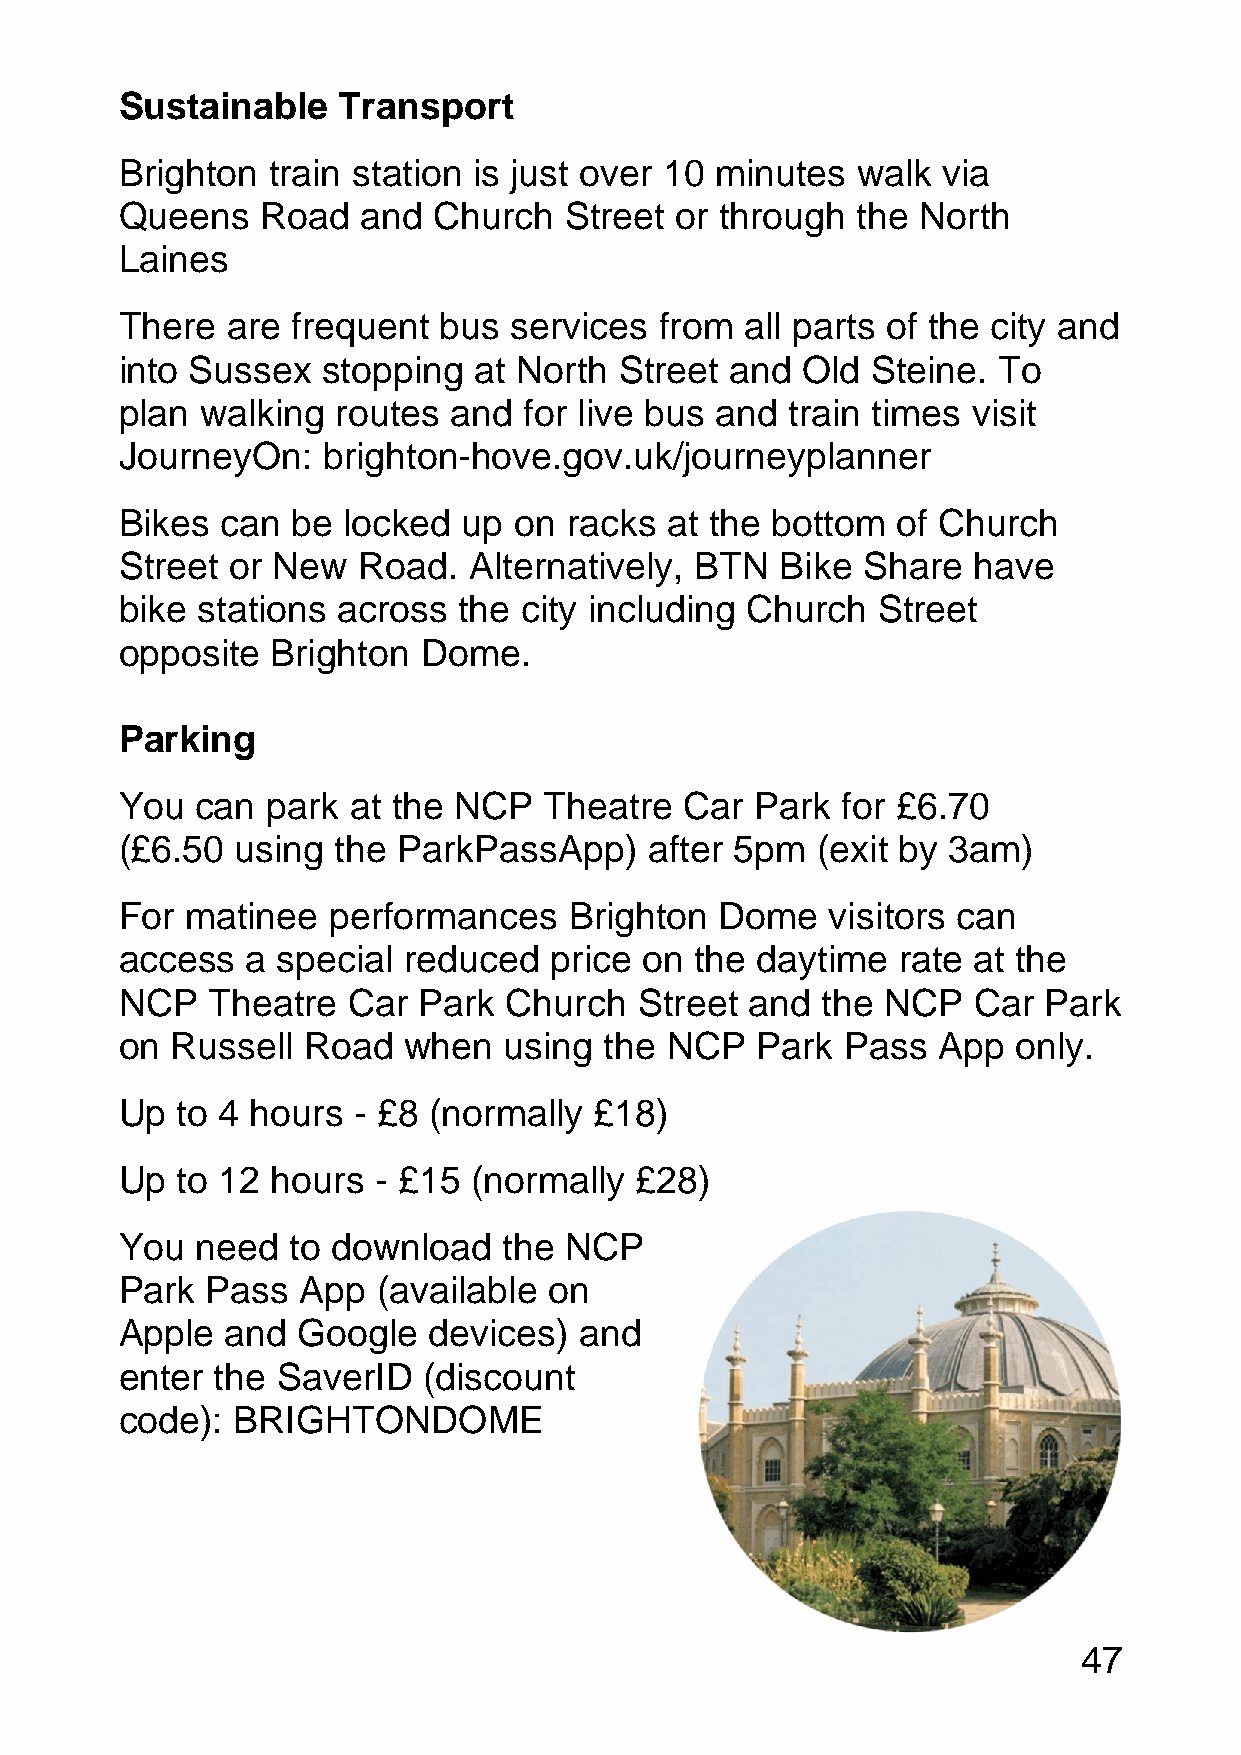
Sustainable   Transport
 Brighton  train station is just over 10 minutes  walk via
 Queens   Road   and  Church  Street  or through  the North
 Laines
 There  are frequent  bus  services  from all parts of the city and
 into Sussex  stopping  at North  Street and  Old  Steine. To
 plan walking  routes  and  for live bus and train times visit
 JourneyOn:   brighton-hove.gov.uk/journeyplanner
 Bikes  can be  locked  up on racks  at the bottom  of Church
 Street or New   Road.  Alternatively, BTN   Bike Share  have
 bike stations across  the city including Church   Street
 opposite  Brighton  Dome.
 Parking
 You  can  park at the NCP   Theatre  Car  Park  for £6.70
 (£6.50  using the ParkPassApp)     after 5pm  (exit by 3am)
 For matinee   performances    Brighton  Dome   visitors can
 access  a special  reduced  price on  the daytime  rate at the
 NCP   Theatre  Car  Park Church   Street  and the NCP   Car  Park
 on Russell  Road   when  using  the NCP   Park  Pass  App  only.
 Up  to 4 hours - £8 (normally  £18)
 Up  to 12 hours  - £15 (normally  £28)
 You  need  to download   the NCP
 Park  Pass  App  (available on
 Apple  and  Google  devices)  and
 enter the SaverID   (discount
 code): BRIGHTONDOME
 47